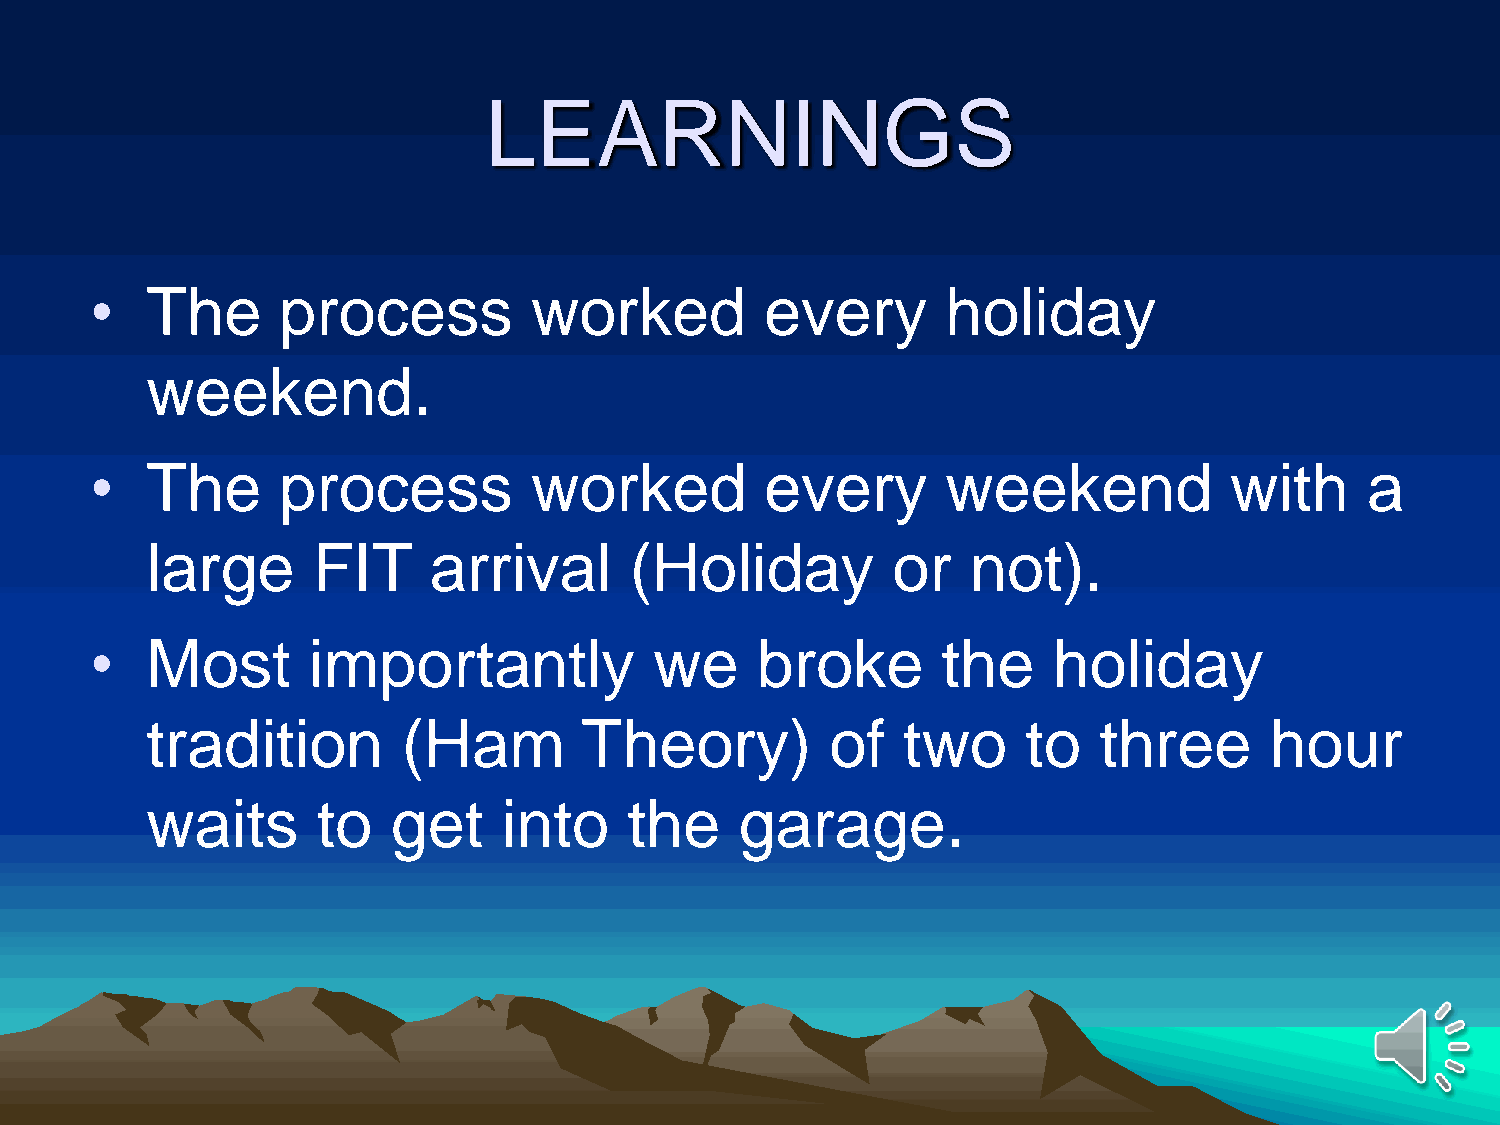
LEARNINGS
 •   The     process          worked          every       holiday
 weekend.
 •   The     process          worked          every       weekend           with      a
 large      FIT    arrival       (Holiday         or   not).
 •   Most      importantly            we     broke       the     holiday
 tradition        (Ham        Theory)         of   two     to   three      hour
 waits      to   get    into     the    garage.